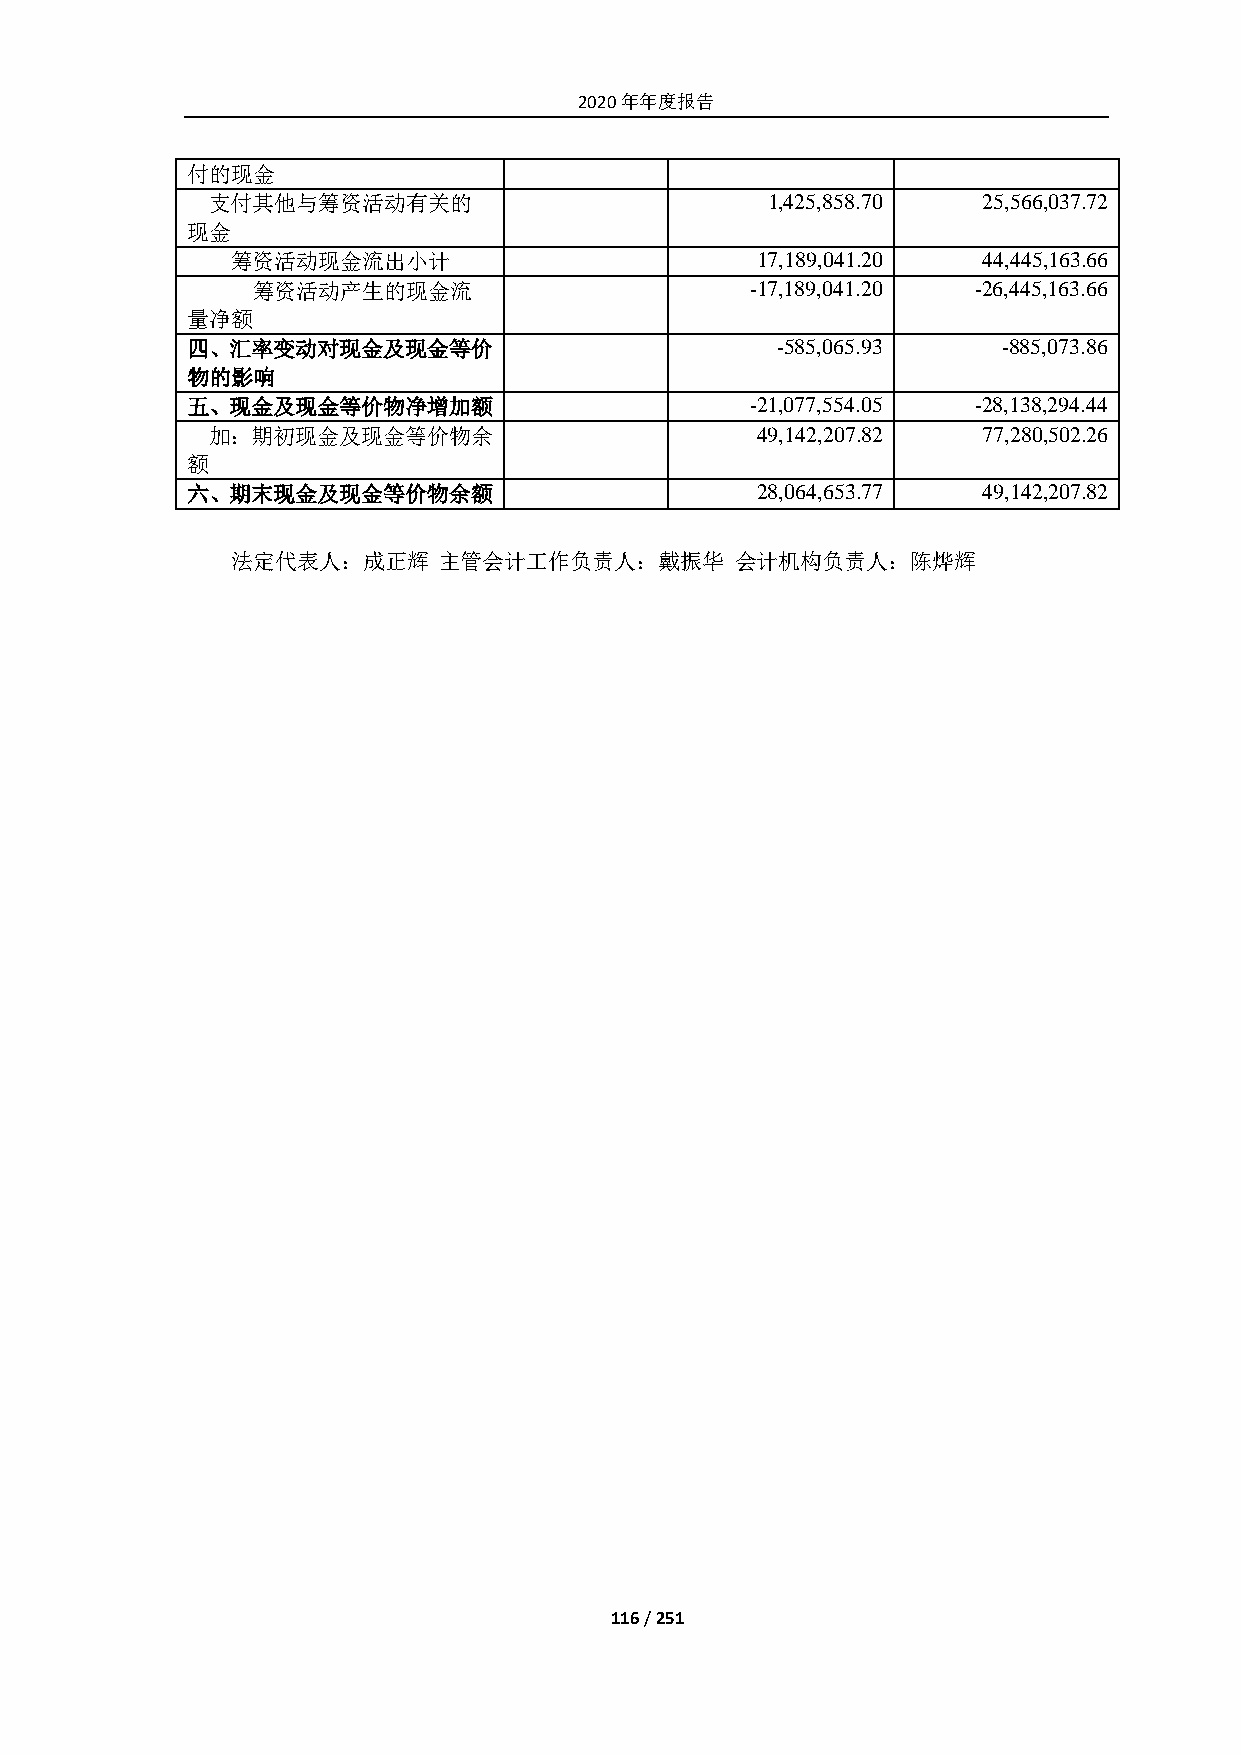
2020年年度报告
 付的现金
 支付其他与筹资活动有关的                         1,425,858.70  25,566,037.72
 现金
 筹资活动现金流出小计                         17,189,041.20  44,445,163.66
 筹资活动产生的现金流                       -17,189,041.20 -26,445,163.66
 量净额
 四、汇率变动对现金及现金等价                         -585,065.93    -885,073.86
 物的影响
 五、现金及现金等价物净增加额                        -21,077,554.05 -28,138,294.44
 加：期初现金及现金等价物余                       49,142,207.82  77,280,502.26
 额
 六、期末现金及现金等价物余额                        28,064,653.77  49,142,207.82
 法定代表人：成正辉     主管会计工作负责人：戴振华       会计机构负责人：陈烨辉
 116 / 251